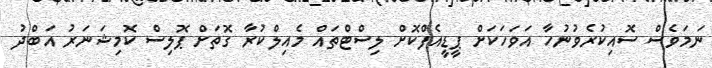
ނަމަވެސް ސޮއިކުރެވުނުހާ އަވަހަކަށް ޕީޑީއެފްކޮށް ލިސްޓްތައް މެއިލްކުރާ ގޮތަށް ޕޮލިސް ކޮމިޝަނަރު އަބްދު